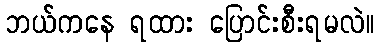
ဘယ်ကနေ ရထား ပြောင်းစီးရမလဲ။